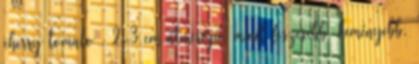
cherry tomato , 2-3 cm átmérőjű, minél feszesebb, keményebb,